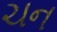
ચન